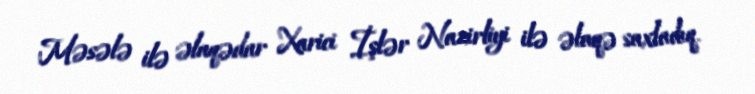
Məsələ ilə əlaqədar Xarici İşlər Nazirliyi ilə əlaqə saxladıq.